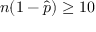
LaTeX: n ( 1 - { \hat { p } } ) \geq 1 0